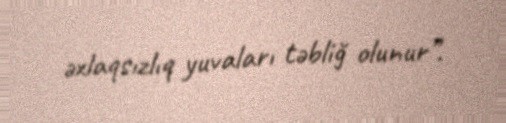
əxlaqsızlıq yuvaları təbliğ olunur”.